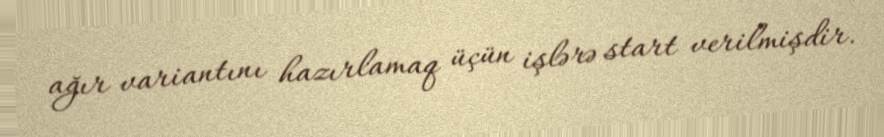
ağır variantını hazırlamaq üçün işlərə start verilmişdir.